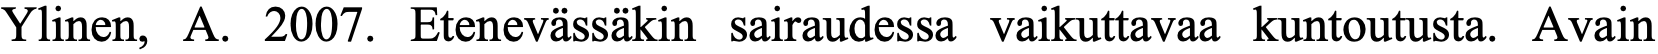
Ylinen, A. 2007. Etenevässäkin sairaudessa vaikuttavaa kuntoutusta. Avain